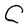
Character: C